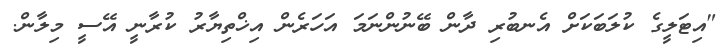
"އިޓަލީގެ ކުލަބަކަށް އެނބުރި ދާން ބޭނުންނަމަ އަހަރެން އިޚްތިޔާރު ކުރާނީ އޭސީ މިލާން.